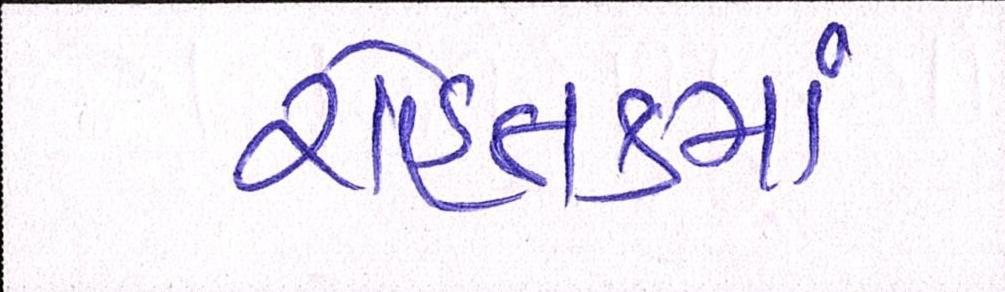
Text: રોહતકમાં